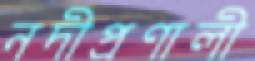
নদীপ্রণালী